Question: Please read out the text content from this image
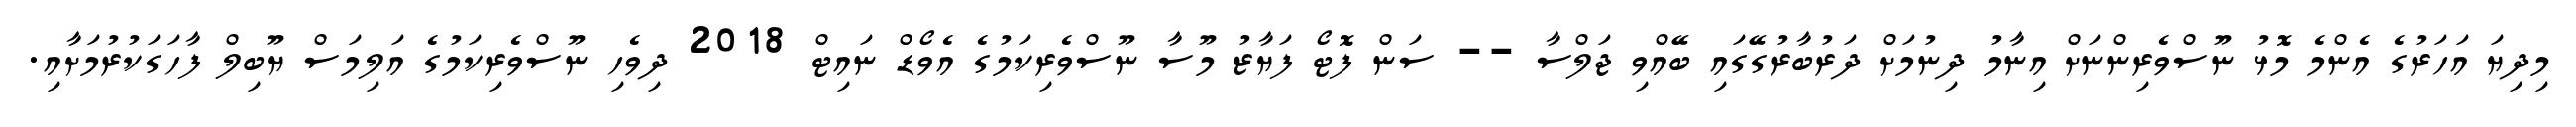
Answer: މިދިޔަ އަހަރުގެ އެންމެ މޮޅު ނޫސްވެރިންނަށް އިނާމު ދިނުމަށް ދަރުބާރުގޭގައި ބޭއްވި ޖަލްސާ -- ސަން ފޮޓޯ ފަޔާޒު މޫސާ ނޫސްވެރިކަމުގެ އެވޯޑް ނައިޓް 2018 ދިވެހި ނޫސްވެރިކަމުގެ އަލިމަސް ޔޫބިލް ފާހަގަކުރުމަށާއި.